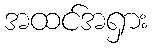
အထင်အရှား